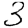
Digit: 3